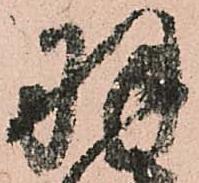
羽